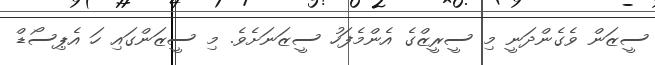
ސީޒަން ވެގެންދަނީ މި ސީރީޒްގެ އެންމެފަހު ސީޒަނަށެވެ. މި ސީޒަންގައި ހަ އެޕިސޯޑް